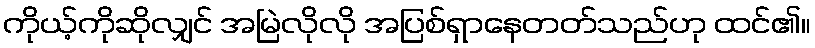
ကိုယ့်ကိုဆိုလျှင် အမြဲလိုလို အပြစ်ရှာနေတတ်သည်ဟု ထင်၏။